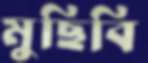
মুছিবি